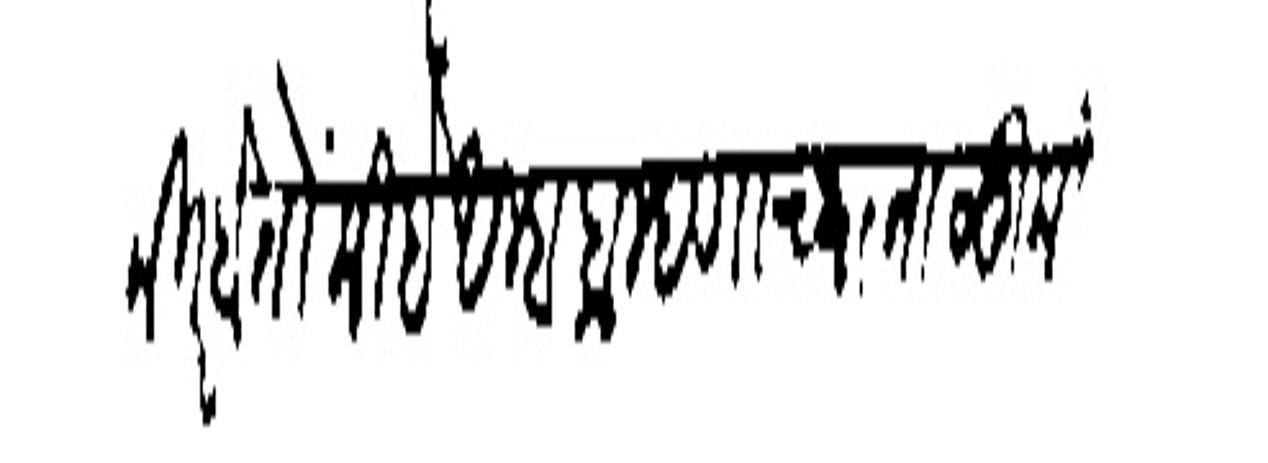
Transliteration (Devanagari): कीर होतो मो है आम्हा ब्राम्हणाच्या तालूकियांत